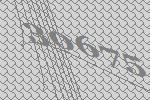
30675